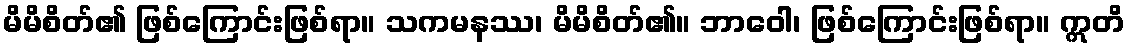
မိမိစိတ်၏ ဖြစ်ကြောင်းဖြစ်ရာ။ သကမနဿ၊ မိမိစိတ်၏။ ဘာဝေါ၊ ဖြစ်ကြောင်းဖြစ်ရာ။ ဣတိ